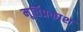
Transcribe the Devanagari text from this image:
मूर्तिप्रकाश